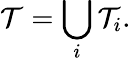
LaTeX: \mathcal{T}=\bigcup_{i}\mathcal{T}_{i}.